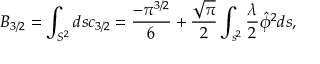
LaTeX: B _ { 3 / 2 } = \int _ { S ^ { 2 } } d s c _ { 3 / 2 } = \frac { - \pi ^ { 3 / 2 } } { 6 } + \frac { \sqrt { \pi } } { 2 } \int _ { s ^ { 2 } } \frac { \lambda } { 2 } \hat { \phi } ^ { 2 } d s ,